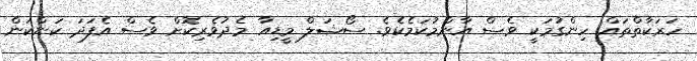
ހަރަކާތްތައް ހިންގުމަކީ ވެސް އާންމުކަމެކެވެ. ސޯޝަލް މީޑިއާ މެދުވެރިކޮށް ވެސް އެފަދަ ކަންކަން